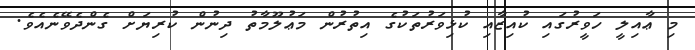
މި ޢާއިލީ ހަވީރުގައި ކުއިޒާއި ކުޅިވަރުތަކުގެ އިތުރުން މަޢުލޫމާތު ދިނުން ކުރިޔަށް ގެންދެވޭނެއެވެ.